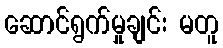
ဆောင်ရွက်မှုချင်း မတူ